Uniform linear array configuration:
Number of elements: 24
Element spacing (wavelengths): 1
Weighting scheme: hamming
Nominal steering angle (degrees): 15
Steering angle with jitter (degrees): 13.329
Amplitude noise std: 0.05
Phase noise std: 0.05

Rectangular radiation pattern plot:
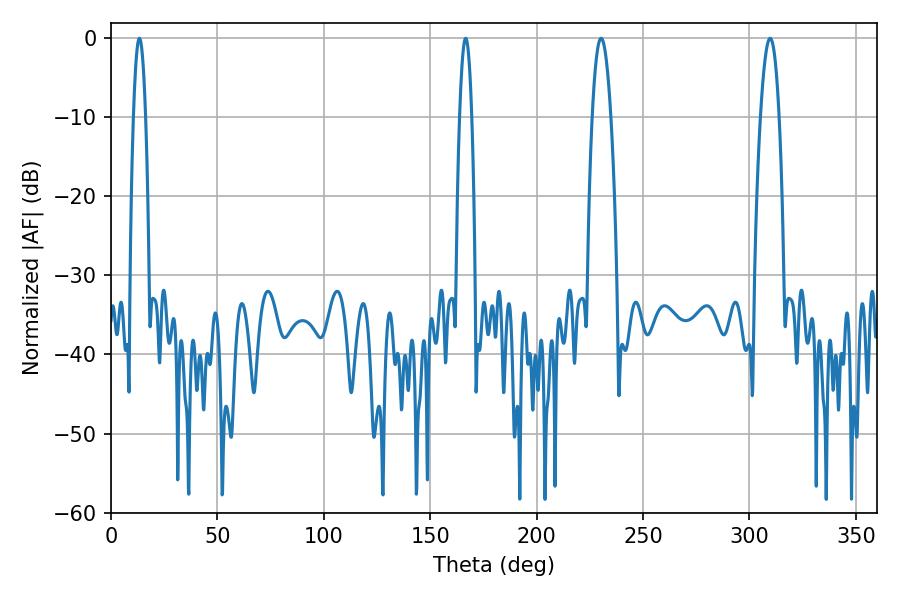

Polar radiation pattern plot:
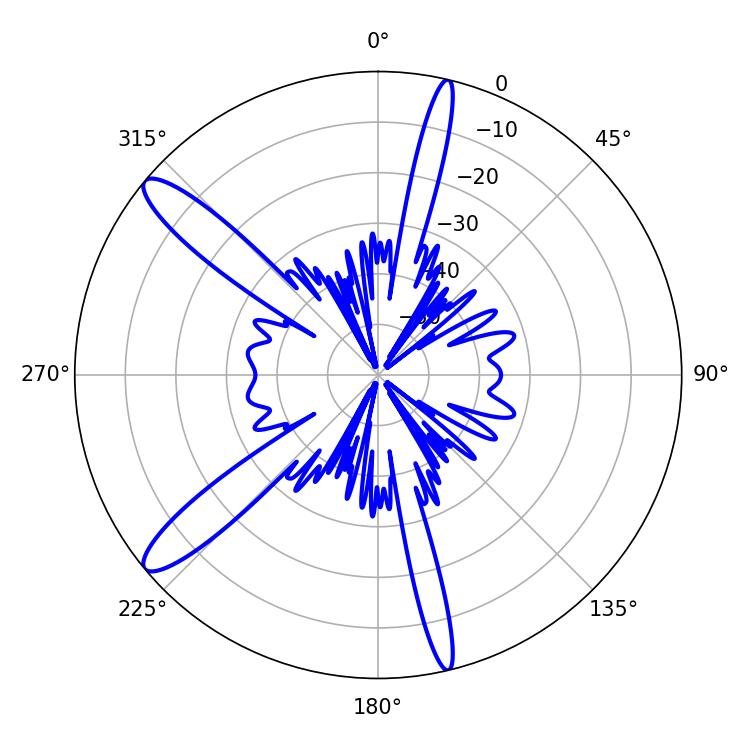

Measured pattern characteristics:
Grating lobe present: TRUE
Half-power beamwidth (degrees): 3.06
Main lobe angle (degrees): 13.32